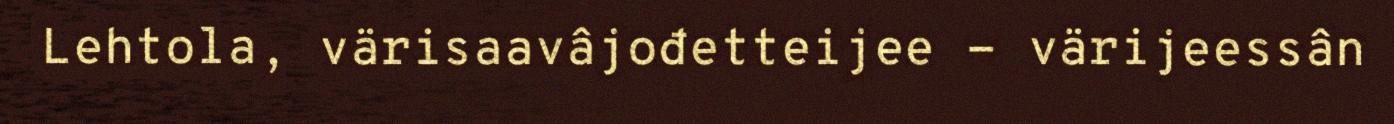
Lehtola, värisaavâjođetteijee - värijeessân